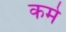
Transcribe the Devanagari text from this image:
कमे